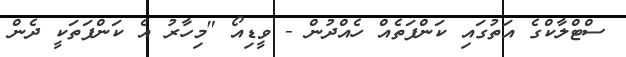
ސްޓްލާކްގެ އަތުގައި ކަންފަތެއް ހެއްދުން - ވީޑިއޯ "މިހާރު އެ ކަންފަތަކީ ދެން